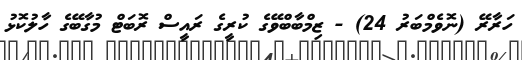
ހަރާރޭ (ނޮވެމްބަރު 24) - ޒިމްބާބްވޭގެ ކުރީގެ ރައީސް ރޮބަޓް މުގާބޭގެ ހާލުކޮޅު